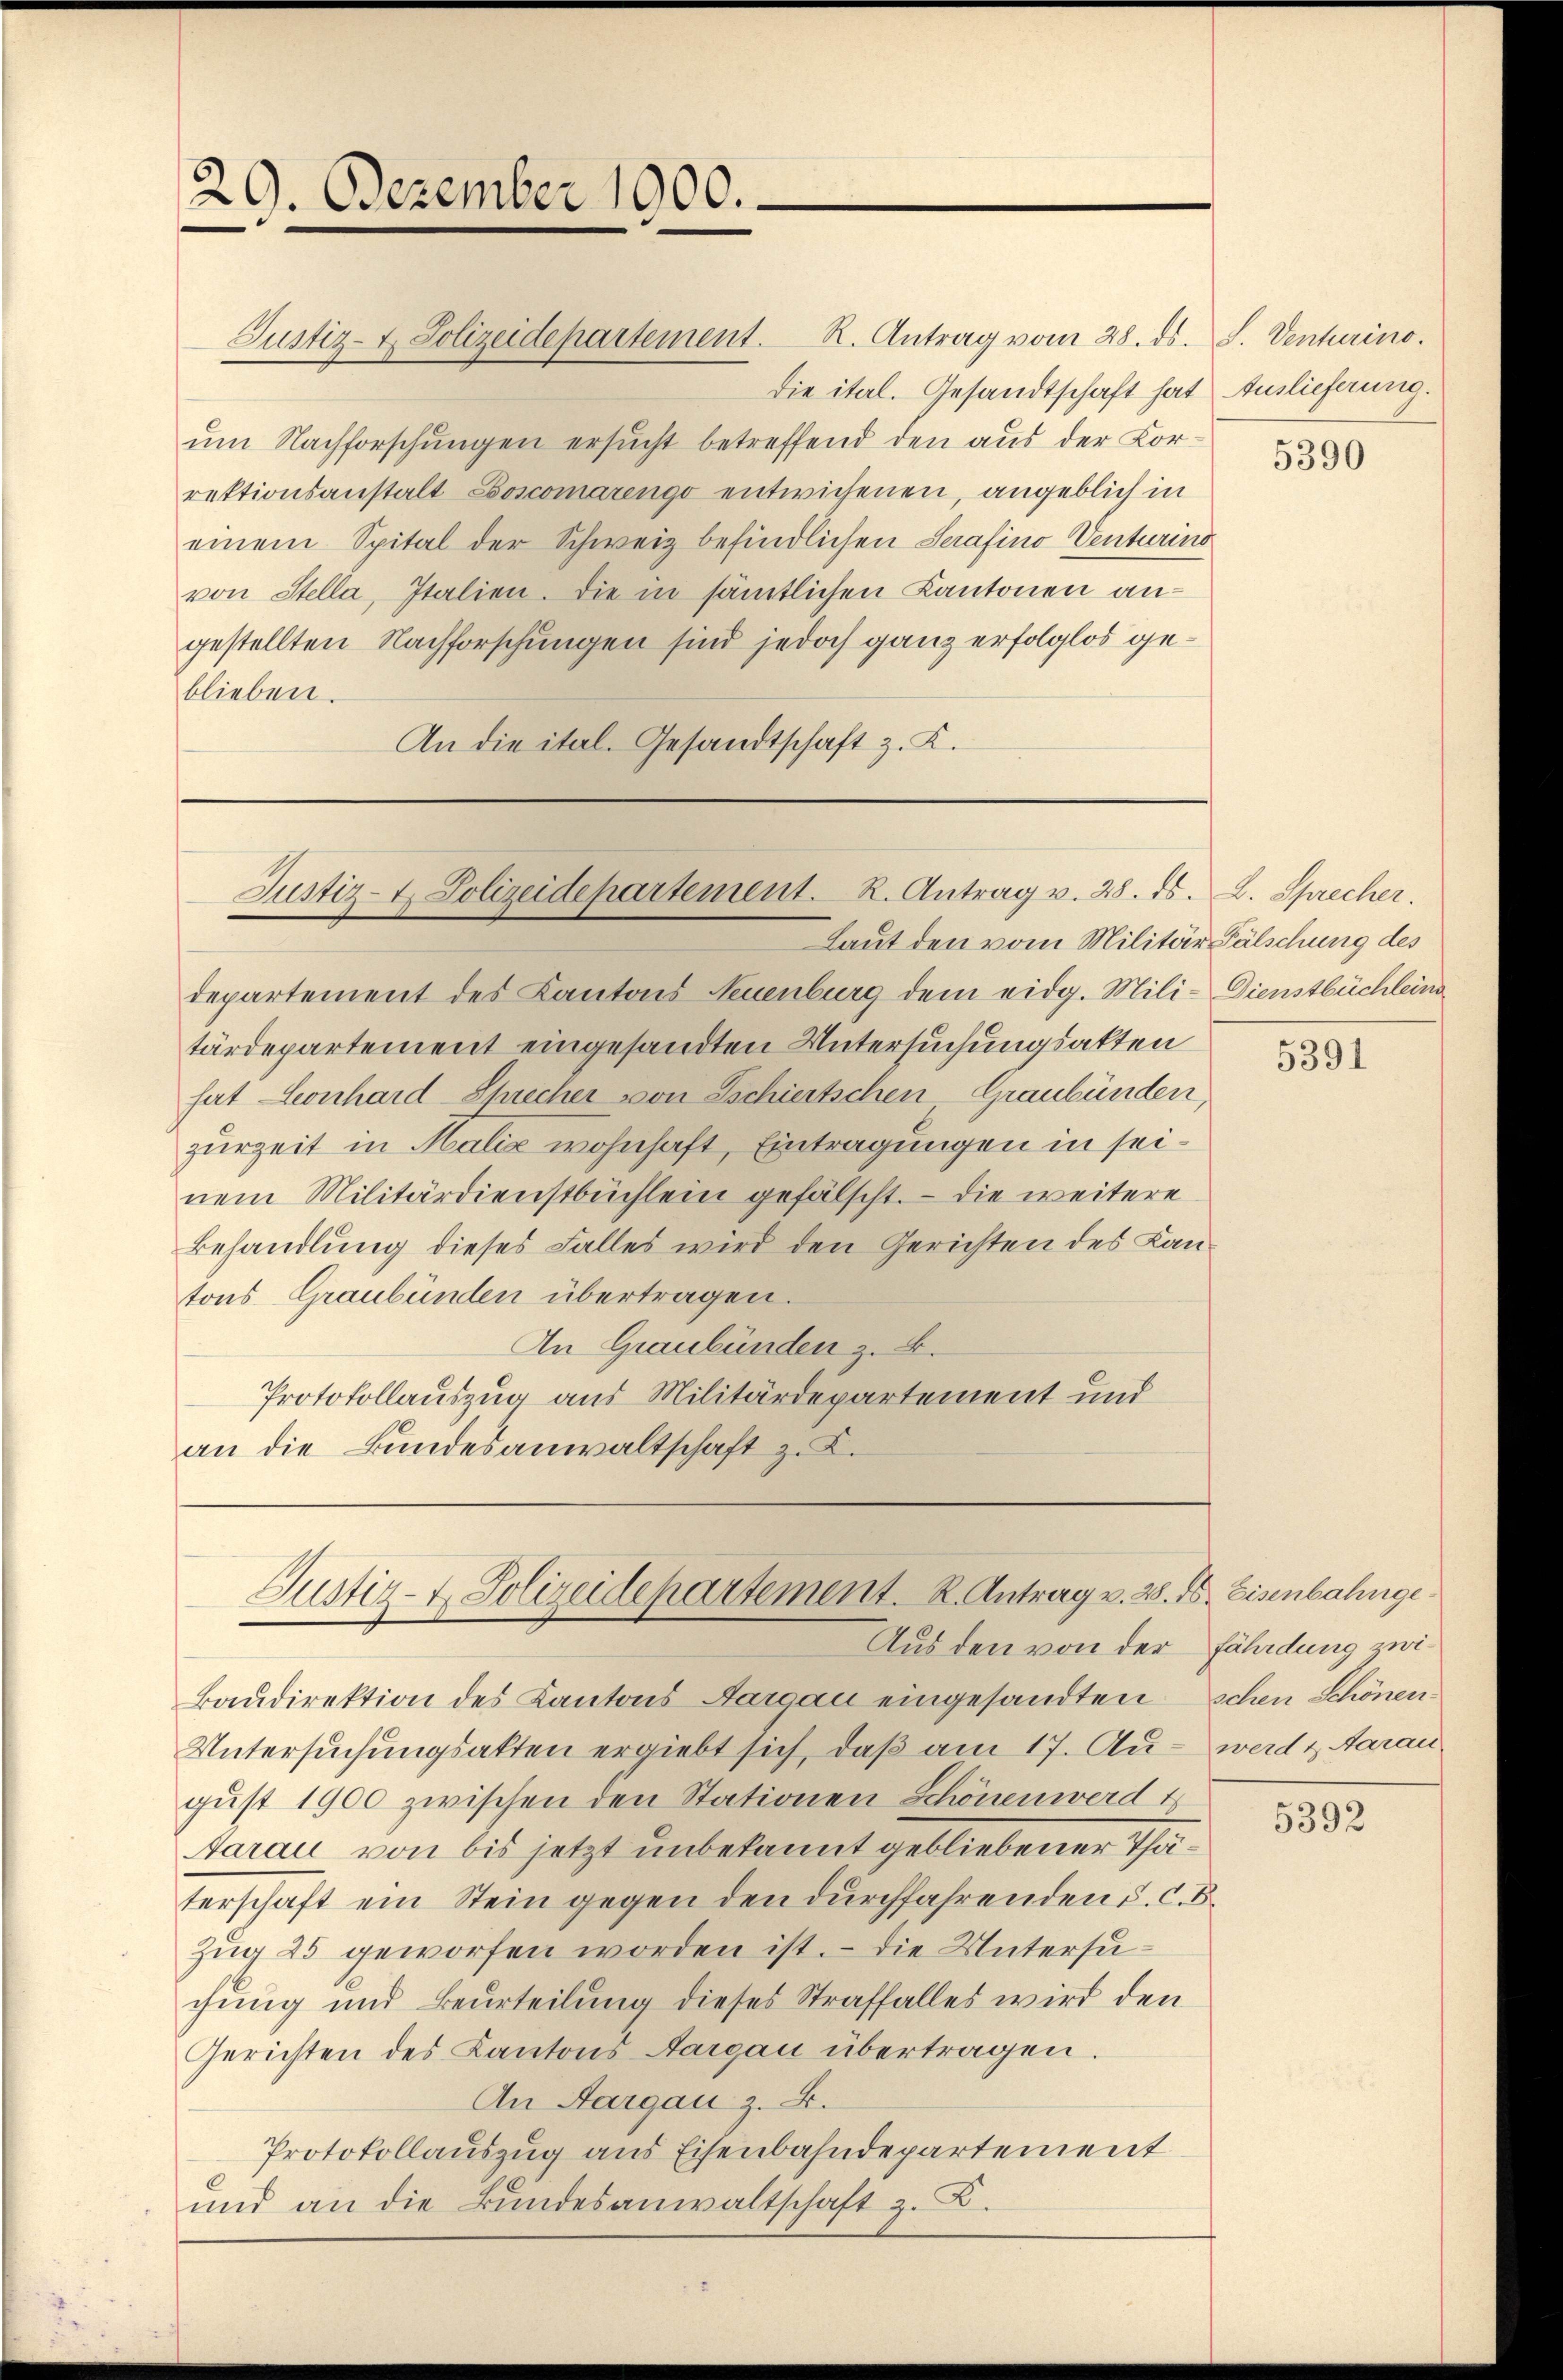
29. Dezember 1900.

die ital. Gesandtschaft hat
um Nachforschungen ersucht betreffend den aus der Korrektionsanstalt Boscomarengo entwichenen, angeblich in
einem Spital der Schweiz befindlichen Serafino Venturino
von Stella, Italien. Die in sämtlichen Kantonen angestellten Nachforschungen sind jedoch ganz erfolglos geblieben.
An die ital. Gesandtschaft z. K.

Justiz-t. Polizeidepartement. R. Antrag v. 28. ds. L. Sprecher.

Laut den vom Militär Fälschung des
departement des Kantons Neuenburg dem eidg. Mili- Dienstbüchlein
tärdepartement eingesandten Untersuchungsakten
hat Leonhard-Sprecher von Tschiertschen Graubünden,
zurzeit in Malia wohnhaft, Eintragungen in seinem Militärdienstbüchlein gefälscht. — Die weitere
Behandlung dieses Falles wird den Gerichten des Kantons Graubünden übertragen.
An Graubünden z. B.
Protokollauszug aus Militärdepartement und
an die Bundesanwaltschaft z. K.

Justiz- & Polizeidepartement. R. Antrag vom 28. ds. S. Venturino.

Justiz-t. Polizeidepartement. K. Antrag v. 28. ds. Eisenbahnge¬
Aus den von der Fäladung zwi¬

kaudirektion des Kantons Aargau eingesandten Schen Schönen
Untersuchungsakten ergiebt sich, daß am 17. Au- werd & Aarau
gust 1900 zwischen den Stationen Schönen werd t
Aarau von bis jetzt unbekannt gebliebener Thäterschaft ein Stein gegen den durchfahrenden d. C. B.
Zug 25 geworfen worden ist. – Die Untersuchung und Beurteilung dieses Straffalles wird den
Gerichten des Kantons Aargau übertragen.
An Aargau z. B.
Protokollauszug aus Eisenbahndepartement
und an die Bundesanwaltschaft z.

Auslieferung.

5390

5391

5392